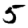
Digit: 5